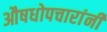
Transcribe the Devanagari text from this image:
औषधोपचारांनी